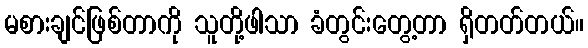
မစားချင်ဖြစ်တာကို သူတို့ဖါသာ ခံတွင်းတွေ့တာ ရှိတတ်တယ်။